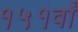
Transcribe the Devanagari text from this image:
१५१वाँ